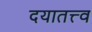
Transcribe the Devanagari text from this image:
दयातत्त्व